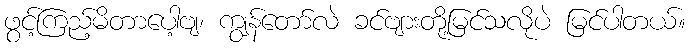
ဖွင့်ကြည့်မိတာပေါ့ဗျ၊ ကျွန်တော်လဲ ခင်ဗျားတို့မြင်သလိုပဲ မြင်ပါတယ်။